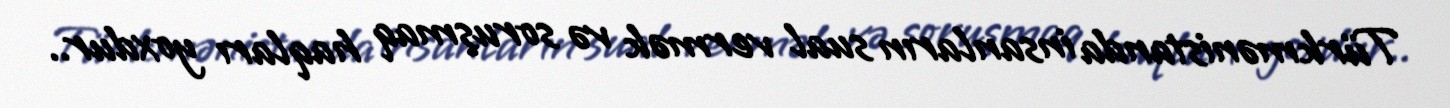
Türkmənistanda insanların sual vermək və soruşmaq haqları yoxdur..